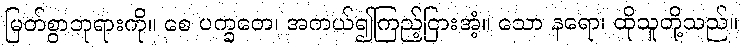
မြတ်စွာဘုရားကို။ စေ ပက္ခတေ၊ အကယ်၍ကြည့်ငြားအံ့။ သော နရော၊ ထိုသူတို့သည်။